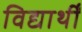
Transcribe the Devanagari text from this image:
विद्यार्थीं